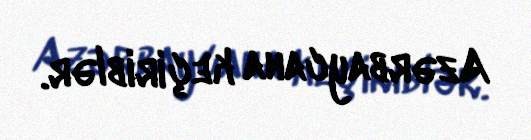
Azərbaycana keçiriblər.